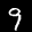
Label: 9